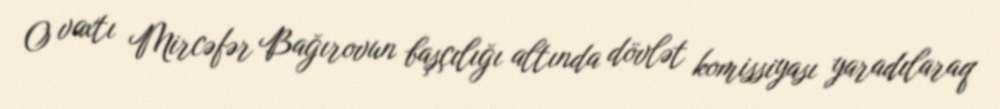
O vaxtı Mircəfər Bağırovun başçılığı altında dövlət komissiyası yaradılaraq